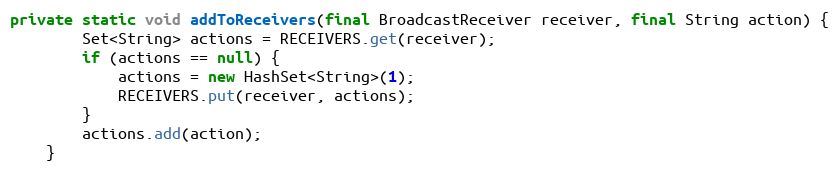
Language: Java
private static void addToReceivers(final BroadcastReceiver receiver, final String action) {
		Set<String> actions = RECEIVERS.get(receiver);
		if (actions == null) {
			actions = new HashSet<String>(1);
			RECEIVERS.put(receiver, actions);
		}
		actions.add(action);
	}